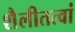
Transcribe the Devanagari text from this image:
शैलीतत्वां